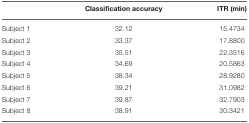
|  | Classification accuracy | ITR (min) |
 | --- | --- | --- |
 | Subject 1 | 32.12 | 15.4734 |
 | Subject 2 | 33.37 | 17.8800 |
 | Subject 3 | 35.51 | 22.3516 |
 | Subject 4 | 34.69 | 20.5863 |
 | Subject 5 | 38.34 | 28.9280 |
 | Subject 6 | 39.21 | 31.0982 |
 | Subject 7 | 39.87 | 32.7903 |
 | Subject 8 | 38.91 | 30.3421 |